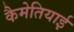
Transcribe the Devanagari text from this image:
कैमेतियाई